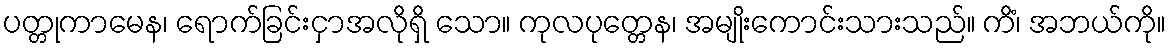
ပတ္တုကာမေန၊ ရောက်ခြင်းငှာအလိုရှိ သော။ ကုလပုတ္တေန၊ အမျိုးကောင်းသားသည်။ ကိံ၊ အဘယ်ကို။